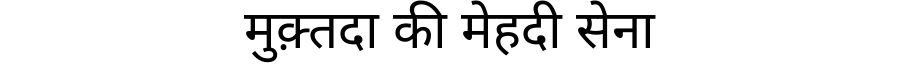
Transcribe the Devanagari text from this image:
मुक़्तदा की मेहदी सेना